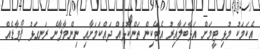
އެކަމަކު މުޅި ޓީމަށް އަޅާބަލާއިރު އެޓޭކިން ތަންކޮޅެއް ދައްކަމަށާއި ނިންމާލާނެ ރަނގަޅު ފޯވާޑެއް